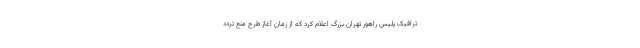
ترافیک پلیس راهور تهران بزرگ اعلام کرد که از زمان آغاز طرح منع تردد